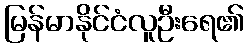
မြန်မာနိုင်ငံလူဦးရေ၏